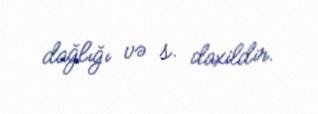
dağlığı və s. daxildir.